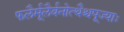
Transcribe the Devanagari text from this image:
फलैर्मूलैर्वनोत्थैश्चपूज्याः